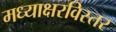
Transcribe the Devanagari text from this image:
मध्याक्षरविस्तर